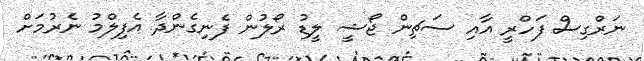
ނަރްގިސް ފަހްރީ އާއި ސަޗިން ޖޯޝީ ލީޑު ރޯލުން ފެނިގެންދާ އެފިލްމު ނެރުމަށް